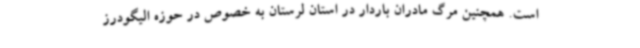
است. همچنین مرگ مادران باردار در استان لرستان به خصوص در حوزه الیگودرز